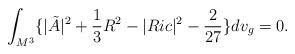
LaTeX: \begin{align*}\int_{M^3}\{|\tilde{A}|^2+\frac{1}{3}R^2-|Ric|^2-\frac{2}{27}\}dv_g=0.\end{align*}